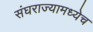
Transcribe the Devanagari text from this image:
संघराज्यामध्येच